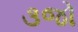
૩જો